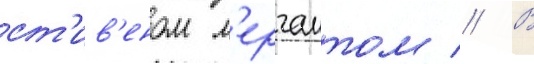
ст'ив'еном м'ерчантом // В